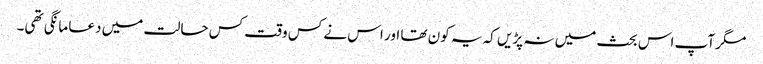
مگر آپ اس بحث میں نہ پڑیں کہ یہ کون تھا اور اس نے کس وقت کس حالت میں دعا مانگی تھی۔